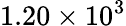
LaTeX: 1.20\times 10^{3}